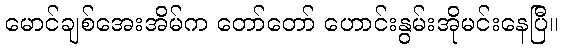
မောင်ချစ်အေးအိမ်က တော်တော် ဟောင်းနွမ်းအိုမင်းနေပြီ။